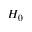
H _ { 0 }